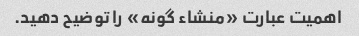
اهمیت عبارت «منشاء گونه» را توضیح دهید.